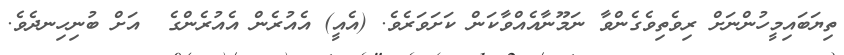
ތިޔަބައިމީހުންނަށް ރިވެތިވެގެންވާ ނަމޫނާއެއްވާކަން ކަށަވަރެވެ. (އެއީ) އެއުރެން އެއުރެންގެ  އަށް ބުނިހިނދެވެ.